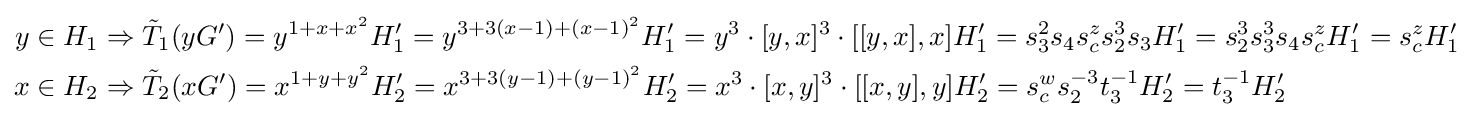
{\begin{aligned}y\in H_{1}&\Rightarrow {\tilde {T}}_{1}(yG')=y^{1+x+x^{2}}H_{1}'=y^{3+3(x-1)+(x-1)^{2}}H_{1}'=y^{3}\cdot [y,x]^{3}\cdot [[y,x],x]H_{1}'=s_{3}^{2}s_{4}s_{c}^{z}s_{2}^{3}s_{3}H_{1}'=s_{2}^{3}s_{3}^{3}s_{4}s_{c}^{z}H_{1}'=s_{c}^{z}H_{1}'\\x\in H_{2}&\Rightarrow {\tilde {T}}_{2}(xG')=x^{1+y+y^{2}}H_{2}'=x^{3+3(y-1)+(y-1)^{2}}H_{2}'=x^{3}\cdot [x,y]^{3}\cdot [[x,y],y]H_{2}'=s_{c}^{w}s_{2}^{-3}t_{3}^{-1}H_{2}'=t_{3}^{-1}H_{2}'\end{aligned}}